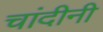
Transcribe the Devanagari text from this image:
चांदीनी